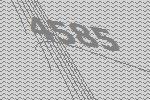
4585